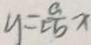
y = \frac { a } { c b } x